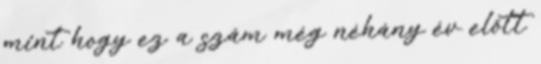
mint hogy ez a szám még néhány év előtt